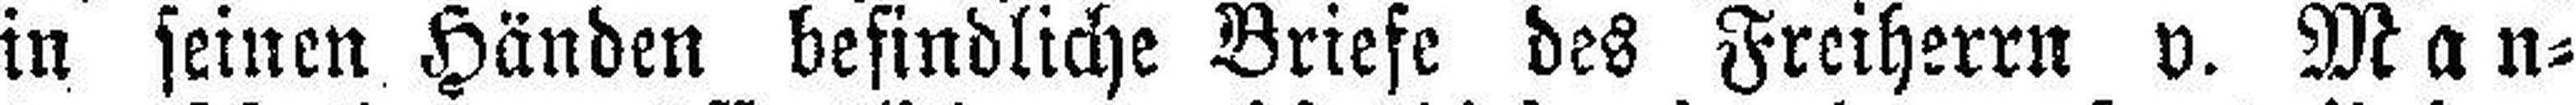
in seinen Händen befindliche Briefe des Freiherrn v. Man¬